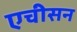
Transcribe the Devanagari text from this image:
एचीसन